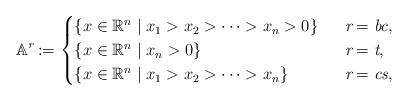
LaTeX: \begin{align*}\mathbb{A}^{\emph{r}}:= \begin{cases} \{ x\in\mathbb{R}^n \mid x_1>x_2>\cdots >x_n>0\} &\ \ \emph{r}=\emph{bc} ,\\ \{ x\in\mathbb{R}^n \mid x_n>0\} &\ \ \emph{r}=\emph{t} , \\ \{ x\in\mathbb{R}^n \mid x_1>x_2>\cdots >x_n \} &\ \ \emph{r}=\emph{cs} ,\end{cases} \end{align*}